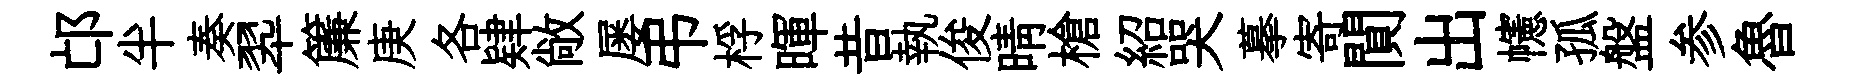
邙半奏翆簾庚各肄敞屡弔桴暉昔執俊晴槍紹哭摹寄閴出幰孤盤参魯